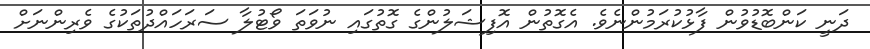
ދަނީ ކަންބޮޑުވުން ފާޅުކުރަމުންނެވެ. އެގޮތުން އޮފިޝަލުންގެ ގޮތުގައި ނުވަތަ ވޯޓުލާ ސަރަހައްދުތަކުގެ ވެރިންނަށް